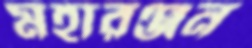
মহারঞ্জন